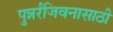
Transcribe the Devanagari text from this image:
पुन्नर्रंजिवनासाठी